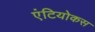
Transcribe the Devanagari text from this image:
एंटियोकस